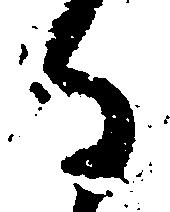
る